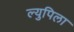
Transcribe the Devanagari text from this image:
ल्युपिला